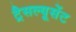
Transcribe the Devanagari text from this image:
ट्रैसल्यूसेंट